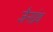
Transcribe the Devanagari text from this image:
जैनग्रंथ